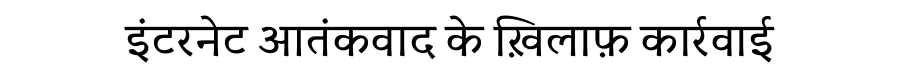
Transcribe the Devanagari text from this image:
इंटरनेट आतंकवाद के ख़िलाफ़ कार्रवाई